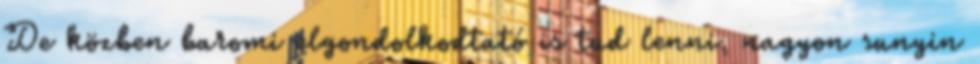
De közben baromi elgondolkodtató is tud lenni, nagyon sunyin